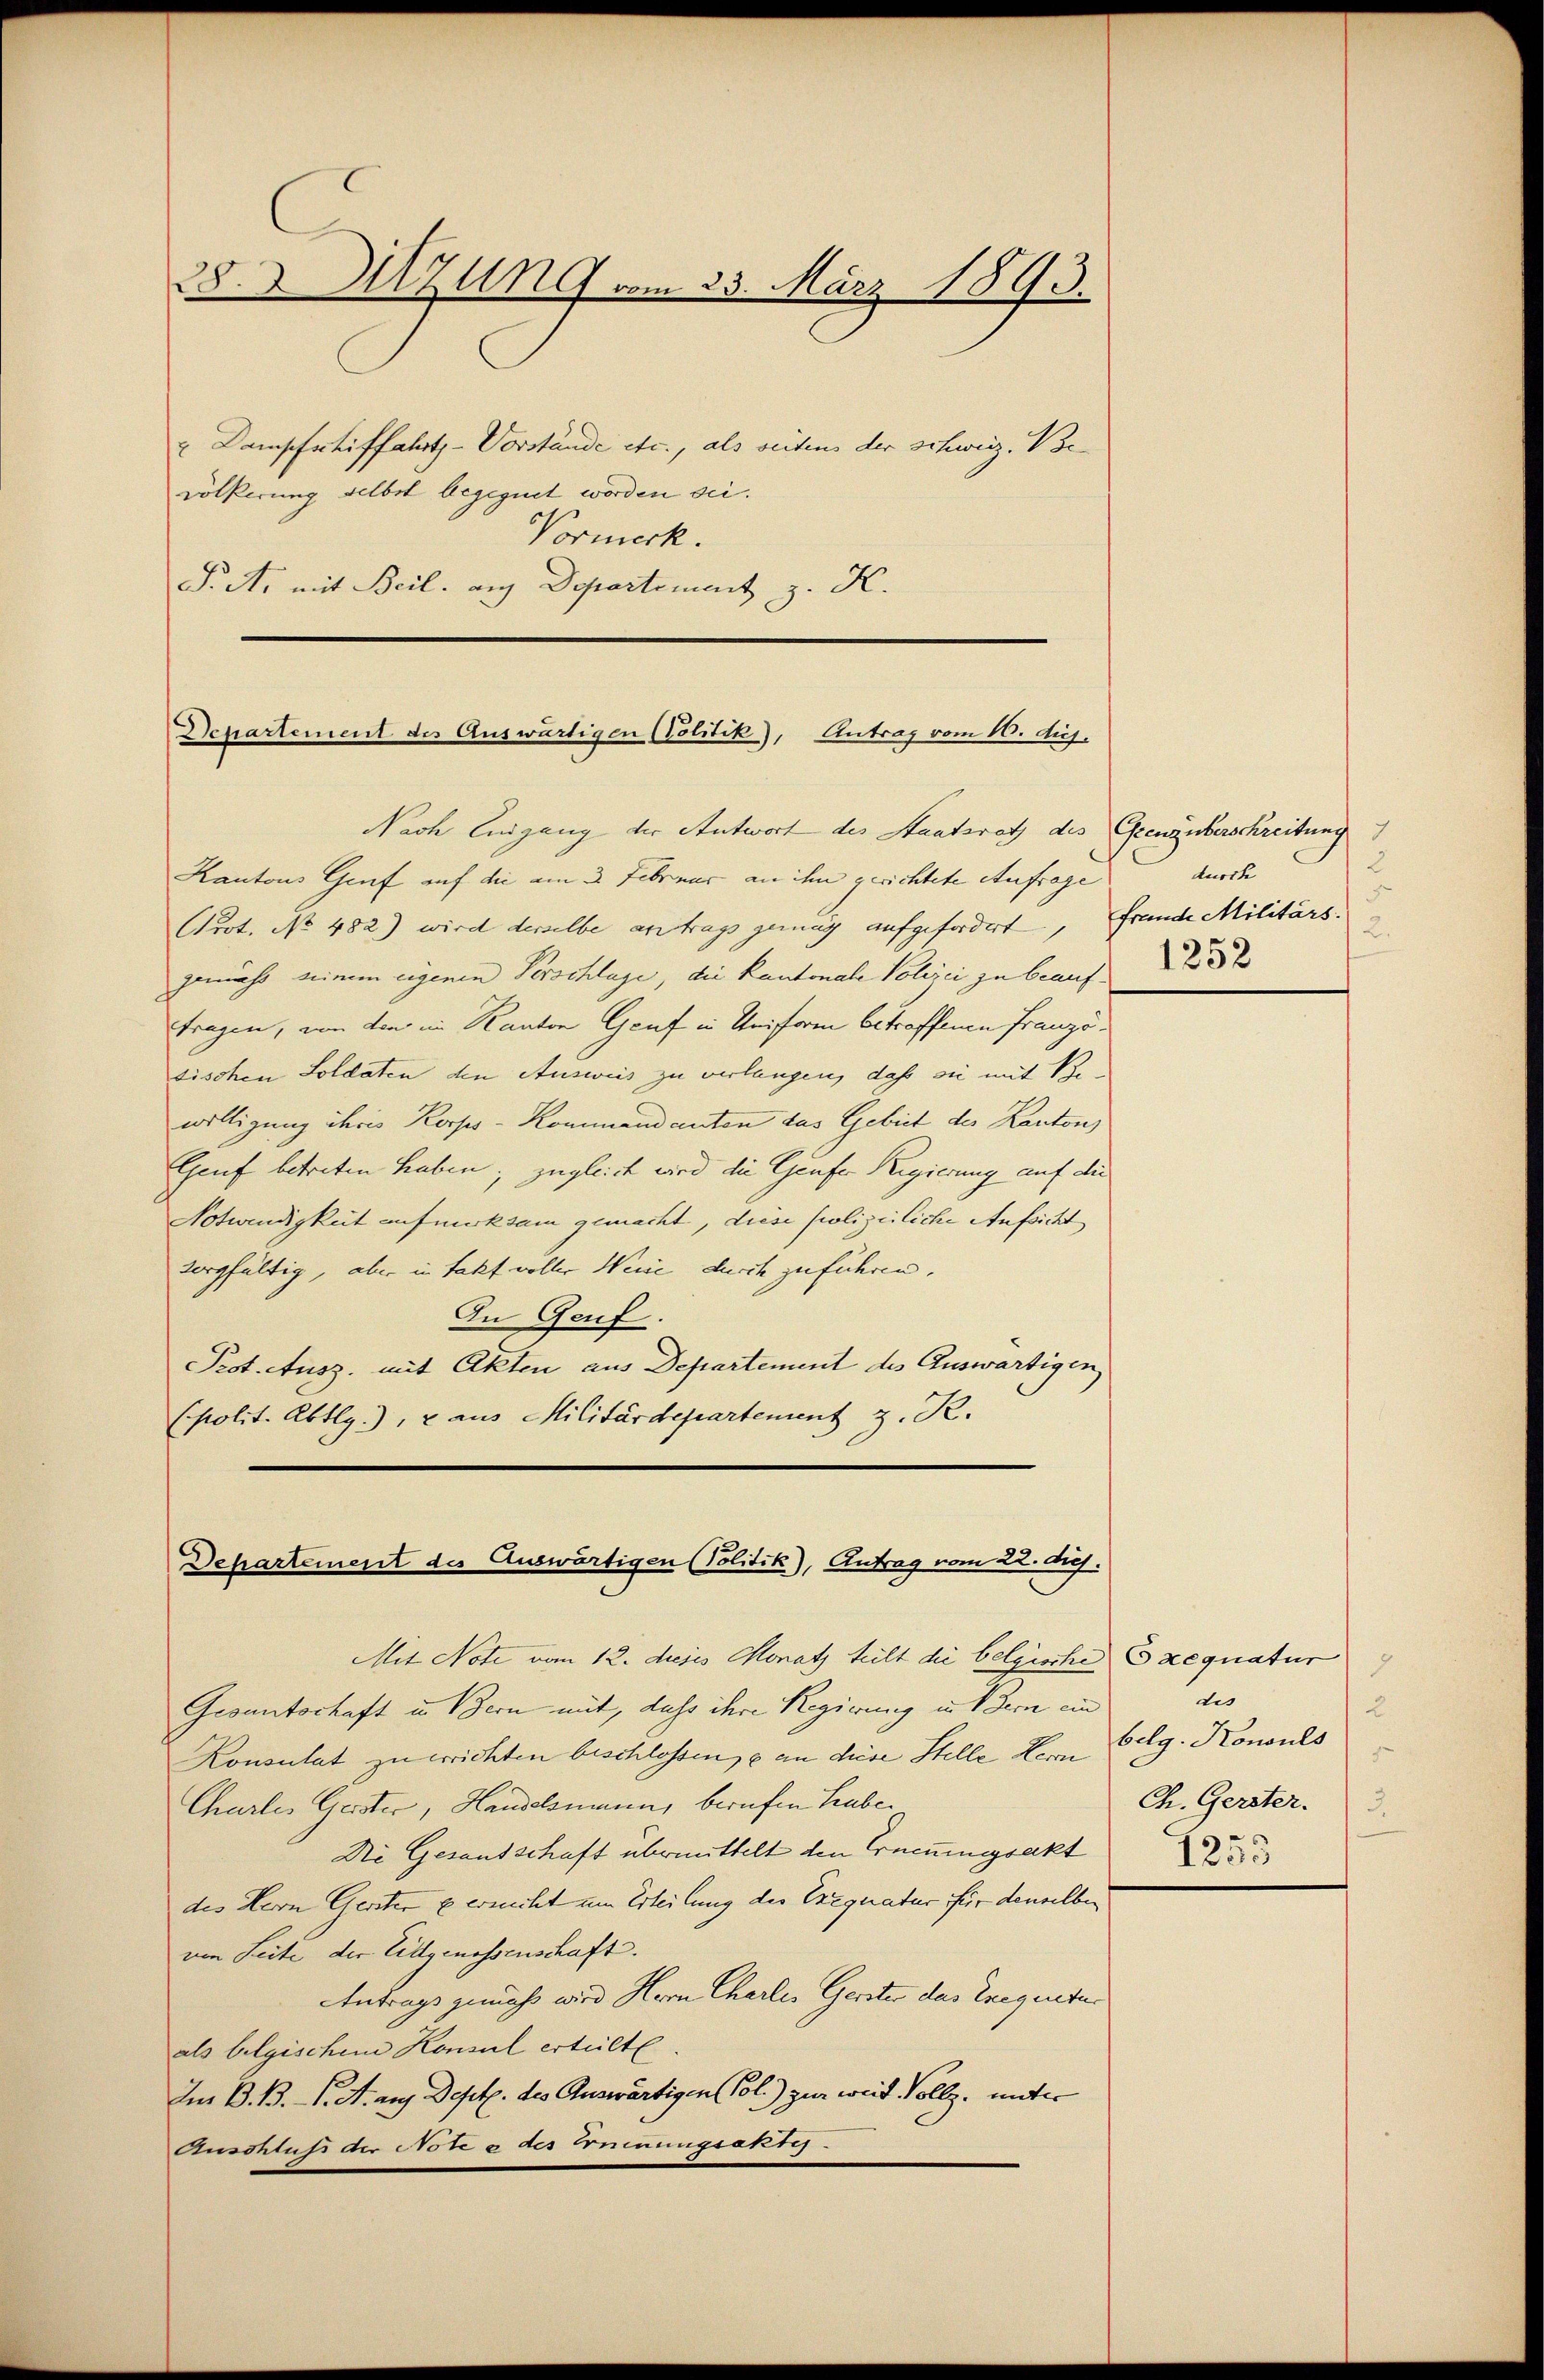
28. X Sitzung vom 23. März 1893.

Dampfschiffahrts-Vorstände etc., als seitens der schweiz. Bevölkerung selbst begegnet worden sei.
Vormerk.
P.A. mit Beil. auf Departement H.

Departement des Auswärtigen (Politik), Antrag vom 10. duj.

Departement des Auswärtigen (Politik), Antrag vom 22. d.

Kantons Genf auf die am 3. Februar an ihn gerichtete Anfrage
(Prot. No 482) wird derselbe antrags genug aufgefordert
gemäss seinem eigenen Verschlage, die Kantonale Polizei zu beauf
tragen, von den im Kanton Genf in Uniform betroffenen Französischen Soldaten den Ausweis zu verlangen, daß sei mit Bewilligung ihres Korps-Kommandanten das Gebiet des Kantons
Epruf betreten haben; zugleich wird die Genfer Regierung auf die
Notwendigkeit aufmerksam gemacht, diese Polizeiliche Aufsicht
sorgfältig, aber in fakt voller Weine durch zuführen.
In Genf.
Prot. Ausz. mit Akten aus Departement des Auswärtigen
spolit. Abtlg.), 2 aus Militärdepartement z. R.

Nach Eingang der Antwort des Staatsrath des Grenz überschreitung

Konsulat zu errichten beschlossen, e an diese Stelle Herrn
Chartes Geister, Handelsmann, berufen habe.
Di Gesandschaft übermittelt den Erneuungsakt
des Hern Gersten u erricht um Erteilung des Exequatur für denselben
von Seite der Eidgenossenschaft.
Antrags gemäß wird Hern Chartes Gerster das Trequeter
als belgischem Konsul erteilte
Im B. B. S. A. aug. Dept. des Auswärtigen Pol.) zur weit Vollz, unter
Anschluß der Note e des Innungsaktis

Mit Note vom 12. dieses Monatz teilt die belgische Exequatur
Gesantschaft in Bern mit, dass ihre Regierung in dern ein

durch
5
frande Militärs.
2.

des
2
belg. Konsuls
Ch. Gerster.
1253